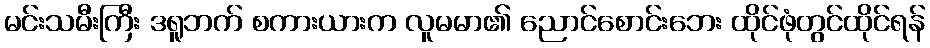
မင်းသမီးကြီး ဒရူဘက် စကားယားက လူမမာ၏ ညောင်စောင်းဘေး ထိုင်ဖုံတွင်ထိုင်ရန်